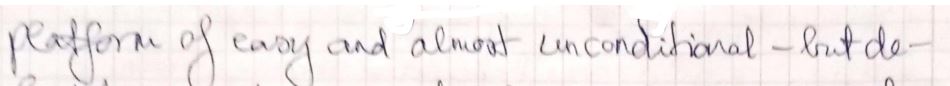
platform of easy and almost unconditional - but de-